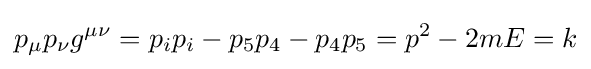
p_{\mu }p_{\nu }g^{\mu \nu }=p_{i}p_{i}-p_{5}p_{4}-p_{4}p_{5}=p^{2}-2mE=k